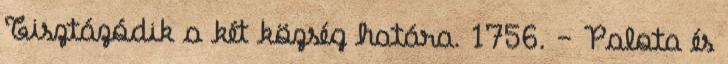
Tisztázódik a két község határa. 1756. – Palota és